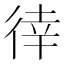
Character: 𢔛